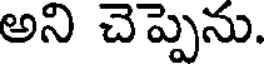
అని చెప్పెను.